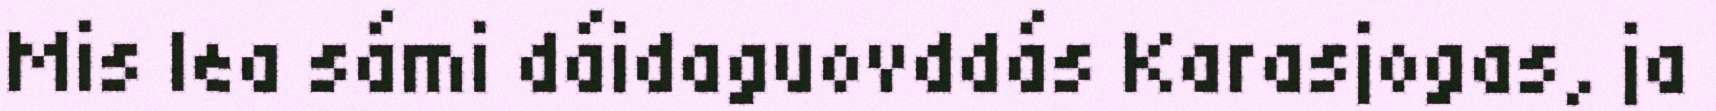
Mis lea sámi dáidaguovddás Karasjogas, ja